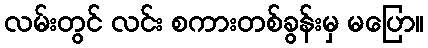
လမ်းတွင် လင်း စကားတစ်ခွန်းမှ မပြော။